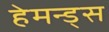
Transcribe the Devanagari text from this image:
हेमन्ड्स